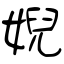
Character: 婗